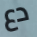
دع